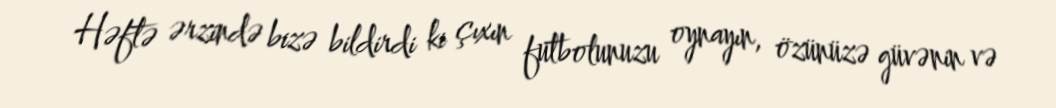
Həftə ərzində bizə bildirdi ki çıxın futbolunuzu oynayın, özünüzə güvənin və